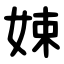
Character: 娕